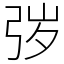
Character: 㢷